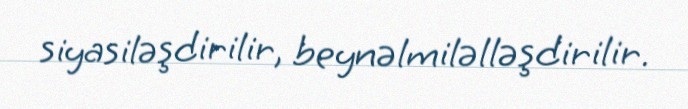
siyasiləşdirilir, beynəlmiləlləşdirilir.